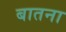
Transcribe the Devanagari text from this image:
बातना